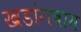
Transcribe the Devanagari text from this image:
खडांगबाम